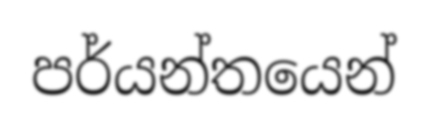
පර්යන්තයෙන්